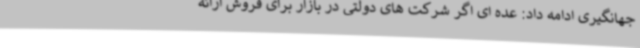
جهانگیری ادامه داد: عده ای اگر شرکت های دولتی در بازار برای فروش ارائه